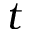
t